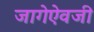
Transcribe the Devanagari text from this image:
जागेऐवजी